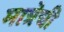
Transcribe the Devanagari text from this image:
मात्रेची